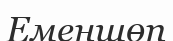
Еменшөп